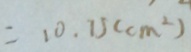
= 1 0 . 1 5 ( c m ^ { 2 } )